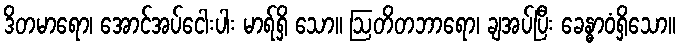
ဒိတမာရော၊ အောင်အပ်ငေါးပါး မာရ်ရှိ သော။ ဩတိတဘာရော၊ ချအပ်ပြီး ခေန္ဓာဝံရှိသော။